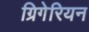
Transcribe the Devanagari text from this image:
ग्रिगेरियन